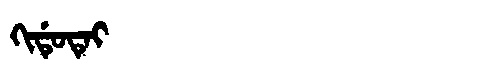
Manchu: ᡴᡳᡩᡠᡨᡝᡳ
Romanization: KIDUTEI